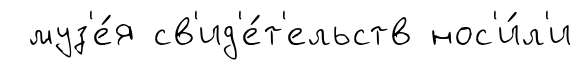
муз'е́я св'ид'е́т'ельств нос'и́л'и